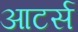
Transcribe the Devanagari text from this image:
आटर्स